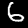
Label: 6